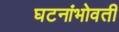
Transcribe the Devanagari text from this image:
घटनांभोवती